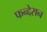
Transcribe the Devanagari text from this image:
फन्द्देसन